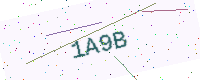
Text: 1A9B